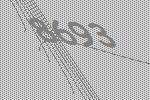
8693